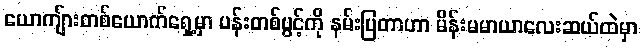
ယောကျ်ားတစ်ယောက်ရှေ့မှာ ပန်းတစ်ပွင့်ကို နမ်းပြတာဟာ မိန်းမမာယာလေးဆယ်ထဲမှာ